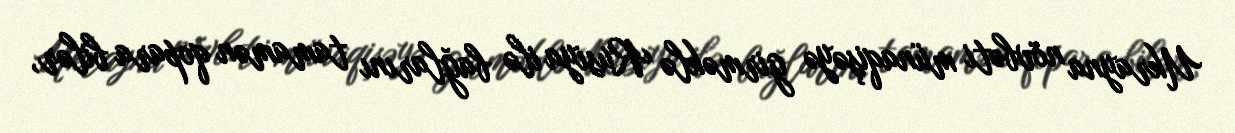
Ukrayna növbəti münaqişəyə girməklə Rusiya ilə bağlarını tamamən qopara bilər,